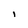
Character: l